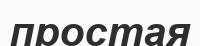
простая